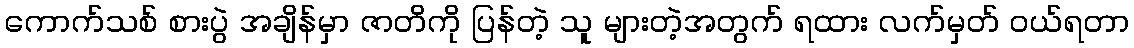
ကောက်သစ် စားပွဲ အချိန်မှာ ဇာတိကို ပြန်တဲ့ သူ များတဲ့အတွက် ရထား လက်မှတ် ဝယ်ရတာ